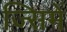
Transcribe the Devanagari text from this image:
ज्सिमें